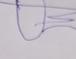
Signature authenticity: forged